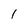
Character: I